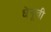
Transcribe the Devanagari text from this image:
धेनूची